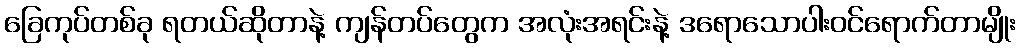
ခြေကုပ်တစ်ခု ရတယ်ဆိုတာနဲ့ ကျန်တပ်တွေက အလုံးအရင်းနဲ့ ဒရောသောပါးဝင်ရောက်တာမျိုး